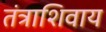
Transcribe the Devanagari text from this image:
तंत्राशिवाय